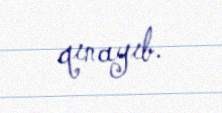
qınayıb.